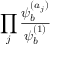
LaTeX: \prod _ { j } { \frac { \psi _ { b } ^ { ( a _ { j } ) } } { \psi _ { b } ^ { ( 1 ) } } }